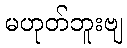
မဟုတ်ဘူးဗျ